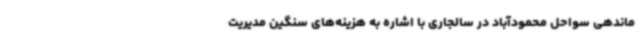
ماندهی سواحل محمودآباد در سالجاری با اشاره به هزینه‌های سنگین مدیریت